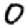
Digit: 0